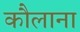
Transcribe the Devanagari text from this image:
कौलाना